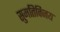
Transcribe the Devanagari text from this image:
सुमतिविजय